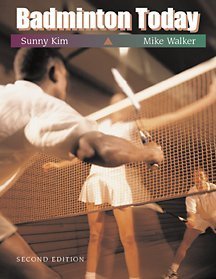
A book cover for Badminton Today (Wadsworth Health Fitness); Sunny Kim; Sports & Outdoors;